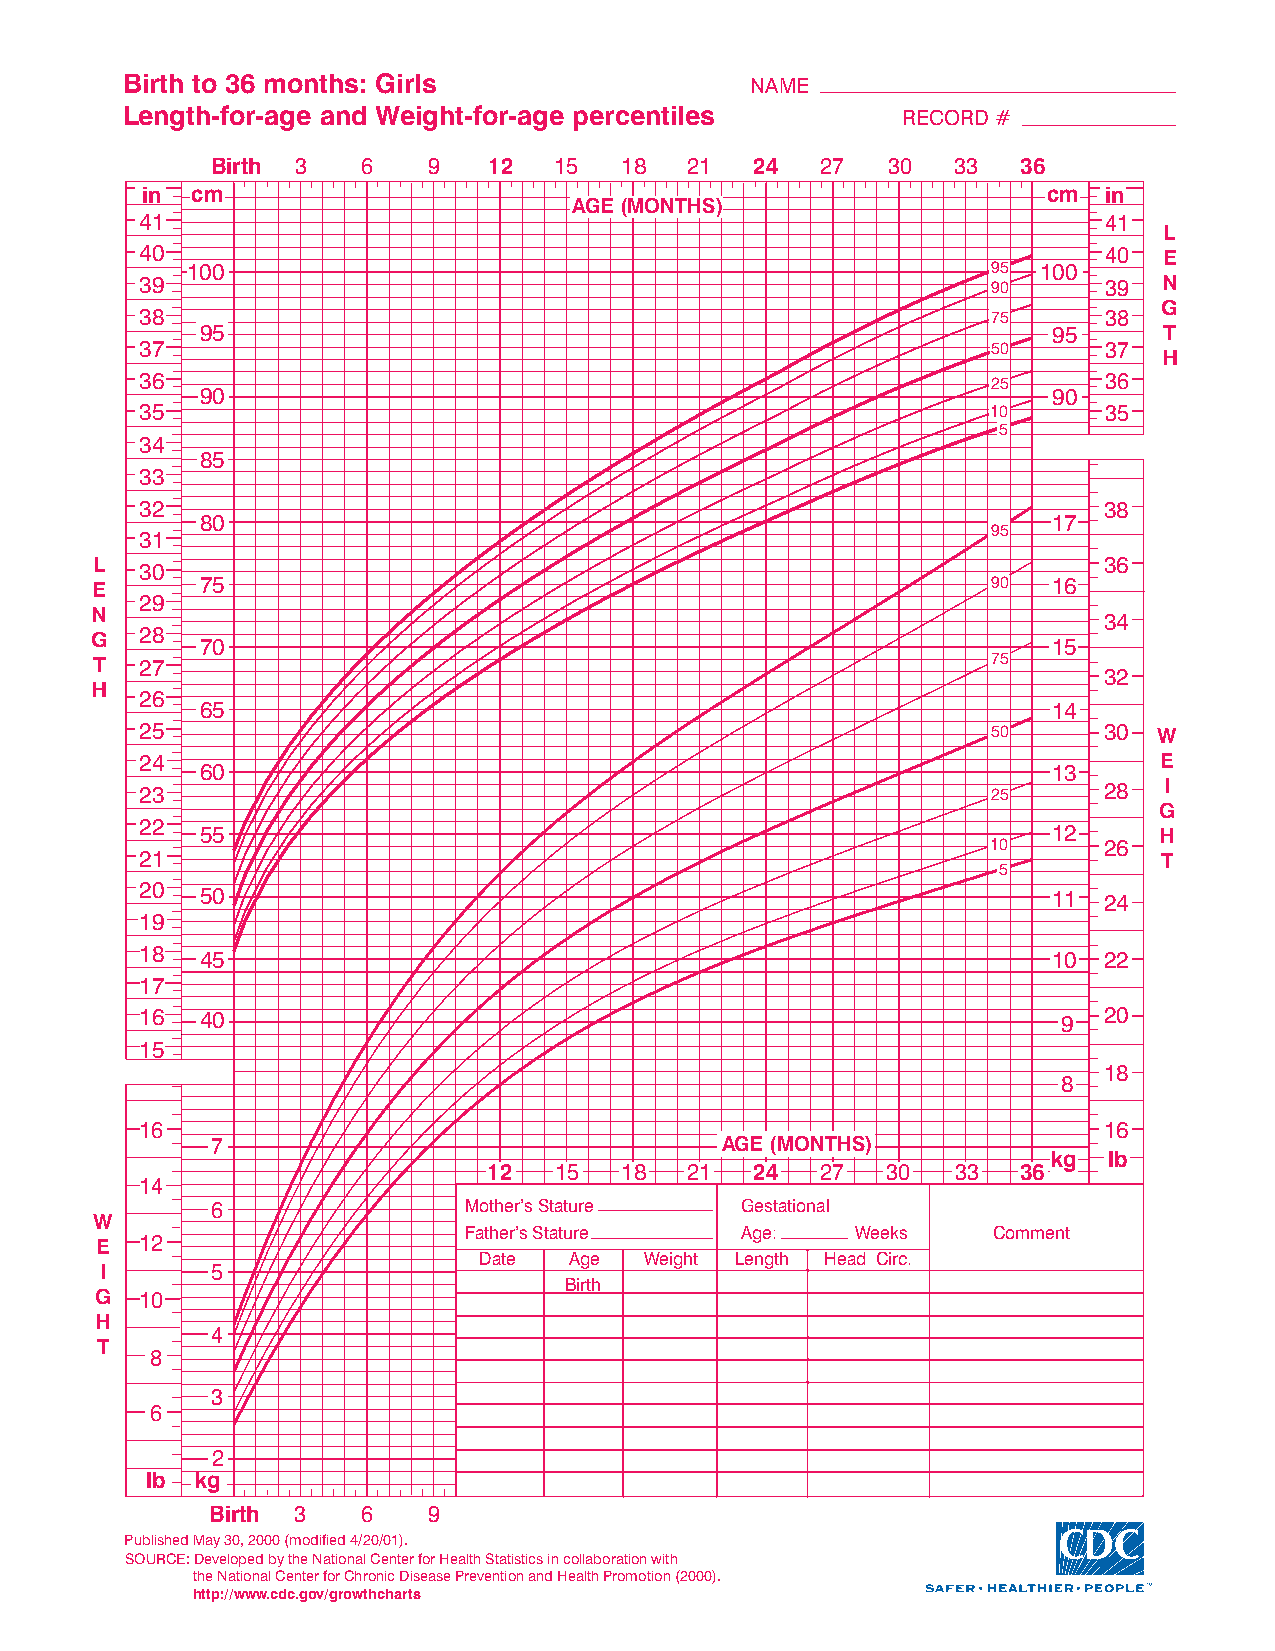
Birth to 36 months: Girls                 NAME
 Length-for-age and Weight-for-age percentiles       RECORD#
 Birth 3   6   9   12   15  18  21   24  27   30  33   36
 in  cm                                                      cm  in
 AGE(MONTHS)
 41                                                              41
 L
 40                                                              40  E
 100                                                   95 100
 39                                                       90     39  N
 G
 38                                                       75     38
 95                                                       95     T
 37                                                       50     37
 H
 36                                                       25     36
 90                                                       90
 35                                                       10     35
 5
 34
 85
 33
 32                                                              38
 80                                                       17
 95
 31
 L                                                                  36
 30
 E      75                                                   90  16
 29
 N                                                                  34
 G  28
 70                                                       15
 T  27                                                       75
 32
 H
 26
 65                                                       14
 25                                                       50     30  W
 24                                                                  E
 60                                                       13
 23                                                       25     28  I
 G
 22  55                                                       12     H
 10     26
 21                                                                  T
 5
 20
 50                                                       11 24
 19
 18  45                                                       10 22
 17
 16  40                                                       9  20
 15
 18
 8
 16                                                              16
 7                                 AGE(MONTHS)
 kg lb
 12   15  18   21  24  27   30  33   36
 14
 6                Mother’sStature   Gestational
 W
 Father’sStature   Age:    Weeks    Comment
 E  12
 Date  Age  Weight Length Head Circ.
 I      5
 Birth
 G  10
 H
 4
 T
 8
 3
 6
 2
 lb kg
 Birth 3   6   9
 PublishedMay30,2000(modified4/20/01).
 SOURCE:DevelopedbytheNationalCenterforHealthStatisticsincollaborationwith
 theNationalCenterforChronicDiseasePreventionandHealthPromotion(2000).
 http://www.cdc.gov/growthcharts